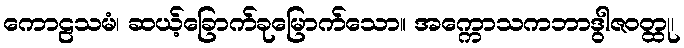
ကောဠသမံ၊ ဆယ့်ခြောက်ခုမြောက်သော။ အက္ကောသကဘာဒွါဇဝတ္ထု၊